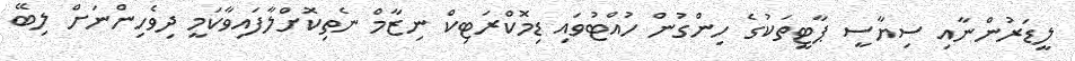
ލީޑަރުންނާއި ސިޔާސީ ޕާޓީތަކުގެ ހިންގުން ހުއްޓުވައި ޑިމޮކްރަޓިކް ނިޒާމް ނެތިކޮށްލާފައިވާކަމީ ދިވެހިންނަށް ލިބޭ